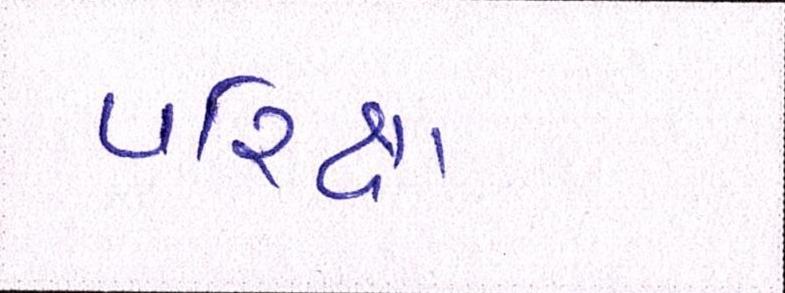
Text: પરિક્ષા